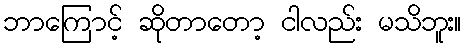
ဘာကြောင့် ဆိုတာတော့ ငါလည်း မသိဘူး။